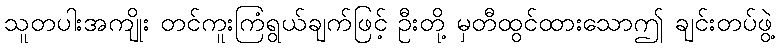
သူတပါးအကျိုး တင်ကူးကြံရွယ်ချက်ဖြင့် ဦးတို့ မှတီထွင်ထားသောဤ ချင်းတပ်ဖွဲ့